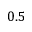
0 . 5